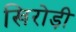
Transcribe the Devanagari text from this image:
खिरोड़ी